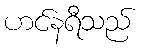
ဟင်နရီသည်